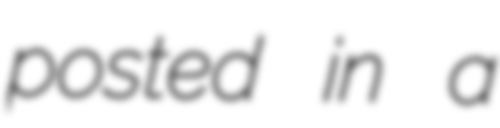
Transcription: posted in a